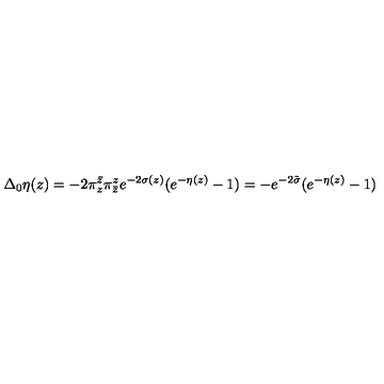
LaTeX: \Delta _ { 0 } \eta ( z ) = - 2 \pi _ { z } ^ { \bar { z } } \pi _ { \bar { z } } ^ { z } e ^ { - 2 \sigma ( z ) } ( e ^ { - \eta ( z ) } - 1 ) = - e ^ { - 2 \tilde { \sigma } } ( e ^ { - \eta ( z ) } - 1 )